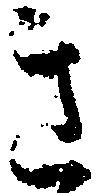
き